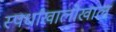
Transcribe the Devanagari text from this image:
स्पर्धांखालोखाल